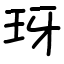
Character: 玡